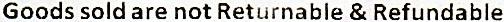
GOODS SOLD ARE NOT RETURNABLE & REFUNDABLE